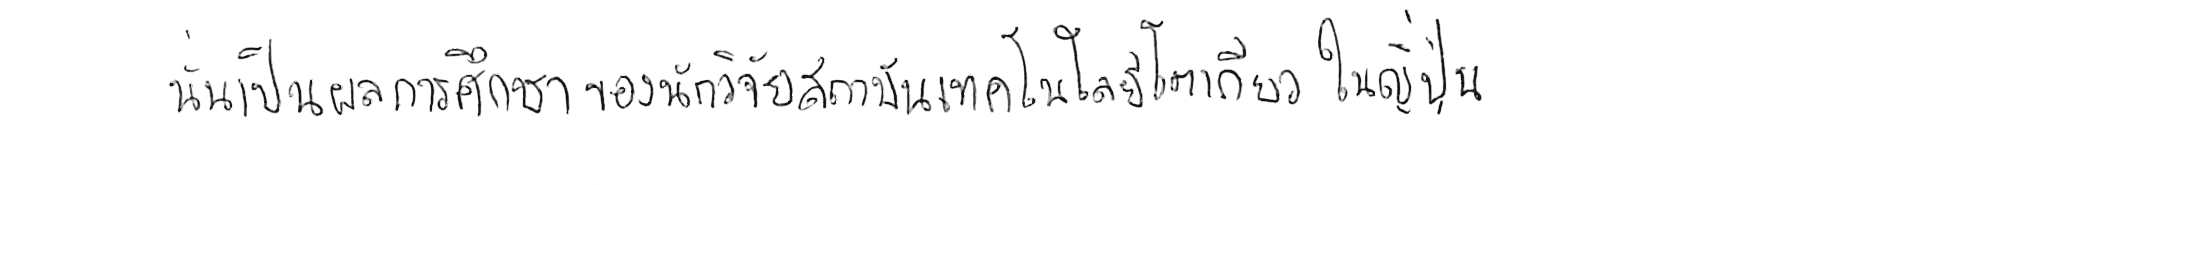
นั่นเป็นผลการศึกษาของนักวิจัยสถาบันเทคโนโลยีโตเกียว ในญี่ปุ่น